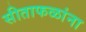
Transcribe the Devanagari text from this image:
सीताफळांना